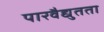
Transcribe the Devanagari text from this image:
पारवैद्युतता